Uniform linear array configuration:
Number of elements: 8
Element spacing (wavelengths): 0.25
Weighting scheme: exponential
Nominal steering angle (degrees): -15
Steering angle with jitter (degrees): -16.667
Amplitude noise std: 0.05
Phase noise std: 0.05

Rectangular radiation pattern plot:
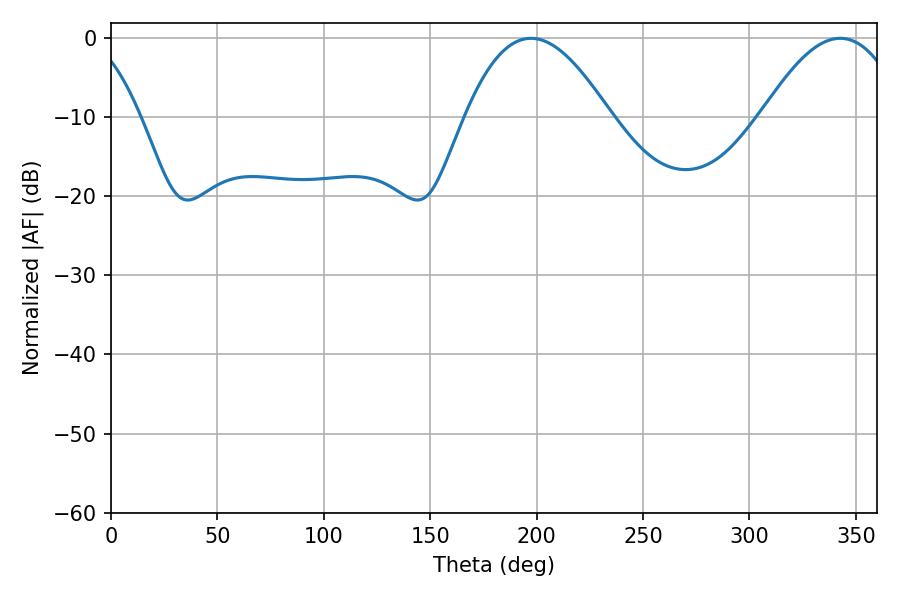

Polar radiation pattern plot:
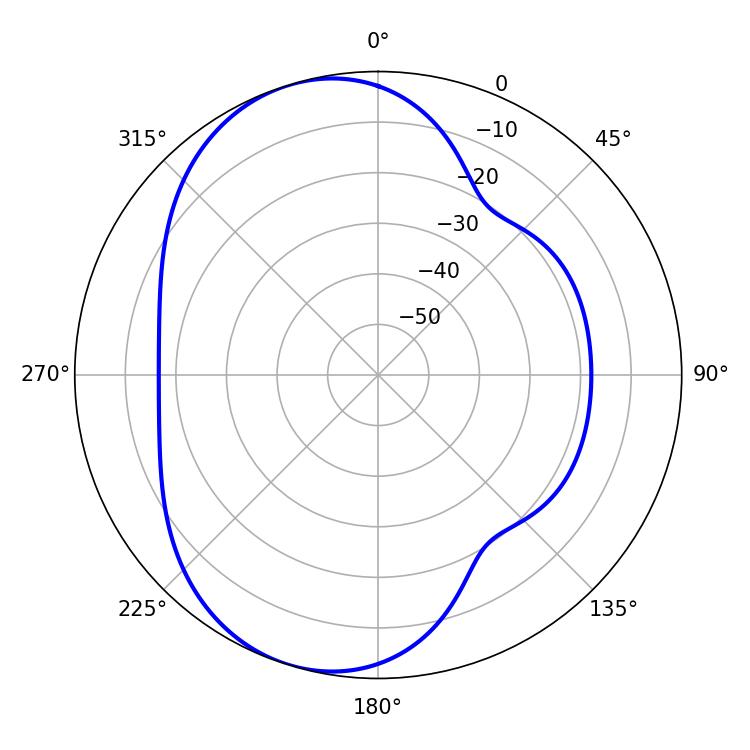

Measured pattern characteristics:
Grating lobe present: FALSE
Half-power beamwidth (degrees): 37.08
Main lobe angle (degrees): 197.28